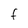
Character: F